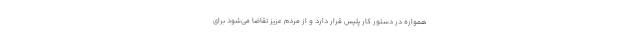
همواره در دستور کار پلیس قرار دارد و از مردم عزیز تقاضا می‌شود برای